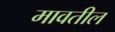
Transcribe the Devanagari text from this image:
मावतील